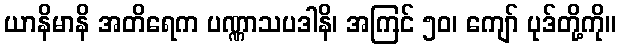
ယာနိမာနိ အတိရေက ပဏ္ဏာသပဒါနိ၊ အကြင် ၅၀၊ ကျော် ပုဒ်တို့ကို။